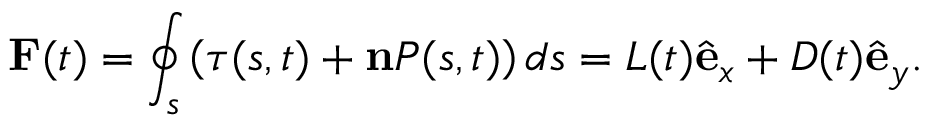
\mathbf { F } ( t ) = \oint _ { s } \left( \boldsymbol { \tau } ( s , t ) + \mathbf { n } P ( s , t ) \right) d s = L ( t ) \hat { \mathbf { e } } _ { x } + D ( t ) \hat { \mathbf { e } } _ { y } .